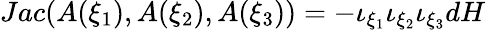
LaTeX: Jac(A(\xi_{1}),A(\xi_{2}),A(\xi_{3}))=-\iota_{\xi_{1}}\iota_{\xi_{2}}\iota_{\xi_{3}}dH